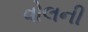
વોલની